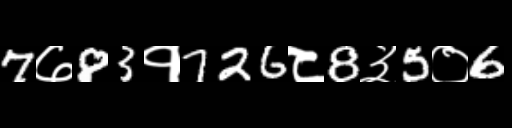
Text: 7७83१726८8३5०6